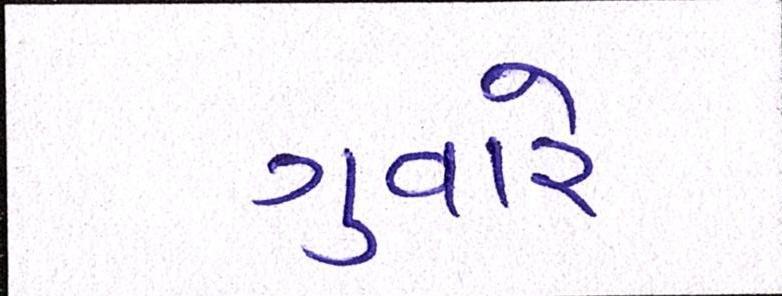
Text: ગુવારે